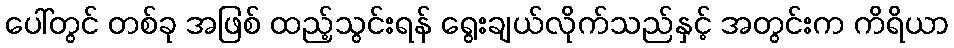
ပေါ်တွင် တစ်ခု အဖြစ် ထည့်သွင်းရန် ရွေးချယ်လိုက်သည်နှင့် အတွင်းက ကိရိယာ